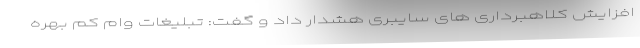
افزایش کلاهبرداری های سایبری هشدار داد و گفت: تبلیغات وام کم بهره